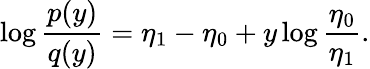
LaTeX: \log\frac{p(y)}{q(y)}=\eta_{1}-\eta_{0}+y\log\frac{\eta_{0}}{\eta_{1}}.